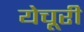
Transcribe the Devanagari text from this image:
येचूरी